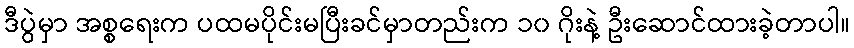
ဒီပွဲမှာ အစ္စရေးက ပထမပိုင်းမပြီးခင်မှာတည်းက ၁၀ ဂိုးနဲ့ ဦးဆောင်ထားခဲ့တာပါ။